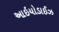
આઇયોડાઈઝ